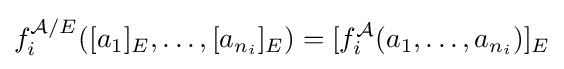
f_{i}^{{\mathcal {A}}/E}([a_{1}]_{E},\ldots ,[a_{n_{i}}]_{E})=[f_{i}^{\mathcal {A}}(a_{1},\ldots ,a_{n_{i}})]_{E}